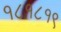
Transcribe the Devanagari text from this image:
१८१८१९